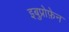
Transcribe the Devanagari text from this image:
इबुप्रोफ़ेन